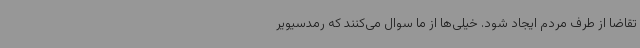
تقاضا از طرف مردم ایجاد شود. خیلی‌ها از ما سوال می‌کنند که رمدسیویر